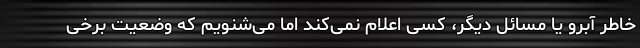
خاطر آبرو یا مسائل دیگر، کسی اعلام نمی‌کند اما می‌شنویم که وضعیت برخی